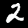
Label: 2